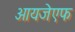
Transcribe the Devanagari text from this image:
आयजेएफ